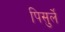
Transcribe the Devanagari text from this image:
पिसुर्ले